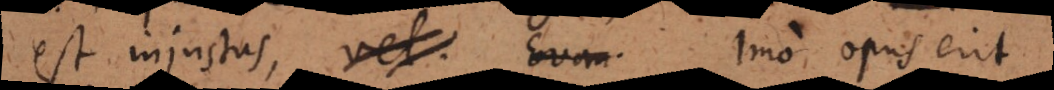
est injustus, vel. Evan. Imo opus erit